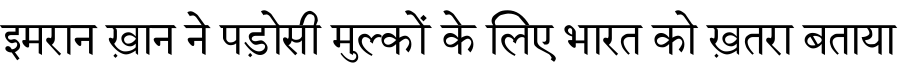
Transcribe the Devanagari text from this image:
इमरान ख़ान ने पड़ोसी मुल्कों के लिए भारत को ख़तरा बताया